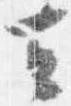
去